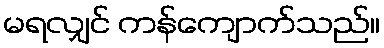
မရလျှင် ကန်ကျောက်သည်။